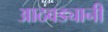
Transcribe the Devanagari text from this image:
आठवड्यानी